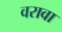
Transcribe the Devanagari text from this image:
वरावा